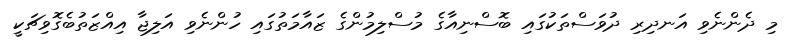
މި ދެންނެވި އަނދިރި ދުވަސްތަކުގައި ބޮސްނިއާގެ މުސްލިމުންގެ ޒައާމަތުގައި ހުންނެވި އަލިޖާ އިއްޒަތުބެގޮވިޗަކީ